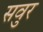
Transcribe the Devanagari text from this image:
सवुर